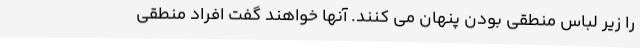
را زیر لباس منطقی بودن پنهان می کنند. آنها خواهند گفت افراد منطقی